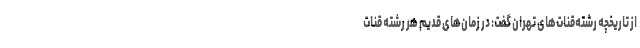
از تاریخچه رشته‌قنات‌های تهران گفت:‌ در زمان‌های قدیم هر رشته قنات